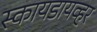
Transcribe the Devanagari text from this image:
स्कायडायव्हर